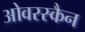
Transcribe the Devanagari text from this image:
ओवरस्कैन